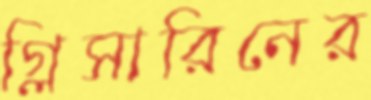
গ্লিসারিনের